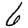
Digit: 6